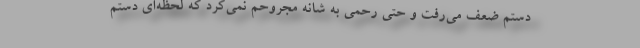
دستم ضعف می‌رفت و حتی رحمی به شانه مجروحم نمی‌کرد که لحظه‌ای دستم